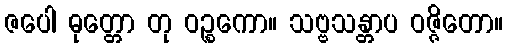
ဇပေါ ဓုတ္တော တု ဝဉ္စကော။ သဗ္ဗသန္တာပ ဝဇ္ဇိတော။